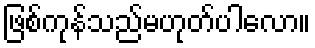
ဖြစ်ကုန်သည်မဟုတ်ပါလော။